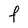
Character: F